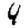
Digit: 4